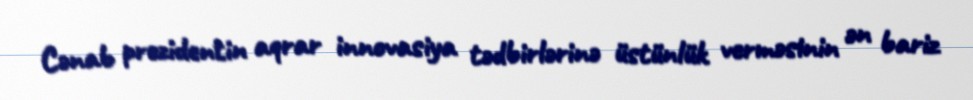
Cənab prezidentin aqrar innovasiya tədbirlərinə üstünlük verməsinin ən bariz